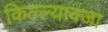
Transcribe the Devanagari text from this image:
किल्ल्यावजा